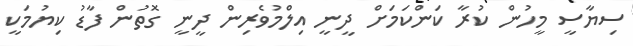
ސިޔާސީ މީހުން ކުރާ ކަންކަމަށް ދީނީ އިލްމުވެރިން ދީނީ ގޮތުން ފާޑު ކިޔުމަކީ